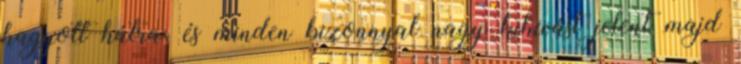
hagyott hátra, és minden bizonnyal nagy kihívást jelent majd